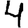
Digit: 4